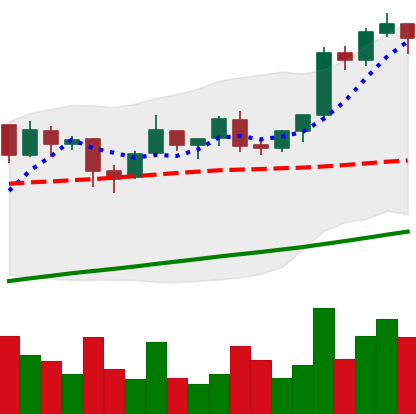
Ticker: BTC-USD
Chart end date: 2017-08-09
Forward return: 29.399%
Label: up_7plus